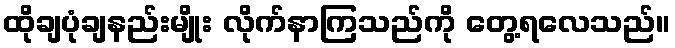
ထိုချပုံချနည်းမျိုး လိုက်နာကြသည်ကို တွေ့ရလေသည်။